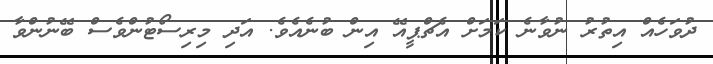
ދުވަހެއް އިތުރު ނުވާނެ ކަމަށް އެޗްޕީއޭ އިން ބުނެއެވެ. އަދި މިރިސޯޓުންވެސް ބޭނުންވާ